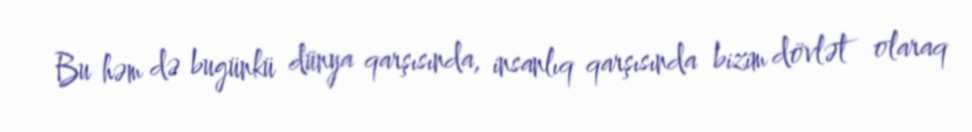
Bu həm də bugünkü dünya qarşısında, insanlıq qarşısında bizim dövlət olaraq